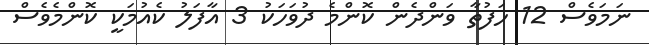
ނަމަވެސް 12 ހަފުތާ ވަންދެން ކޮންމެ ދުވަހަކު 3 އާފަލު ކެއުމަކީ ކޮންމެވެސް